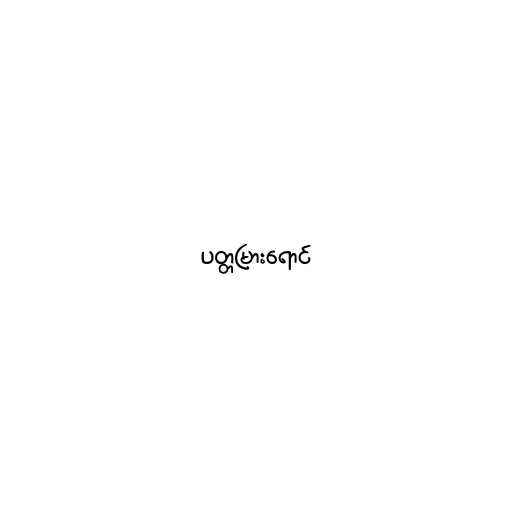
ပတ္တမြားရောင်